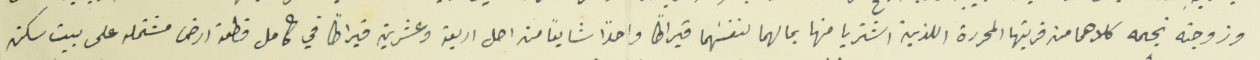
وزوجته نجمه كلاهما من قريتها المحررة اللذين اشتريا منها بمالهما لنفسَهما قيراطاً واحداً شايعاً من اصل اربعة وعشرين قيراطاً في كامل قطعة ارض مشتمله على بيت سكن